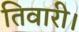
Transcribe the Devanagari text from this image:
तिवारी।